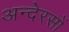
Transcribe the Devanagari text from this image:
अन्देरसों